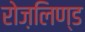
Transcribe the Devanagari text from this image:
रोज़लिण्ड